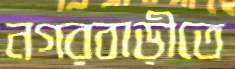
নগরবাড়ীতে